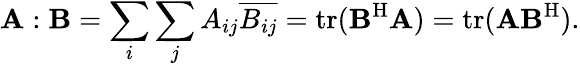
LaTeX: \mathbf{A}:\mathbf{B}=\sum_{i}\sum_{j}A_{ij}{\overline{{B_{ij}}}}=\mathrm{tr}(\mathbf{B}^{\mathrm{H}}\mathbf{A})=\mathrm{tr}(\mathbf{A}\mathbf{B}^{\mathrm{H}}).